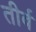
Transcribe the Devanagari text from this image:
तीर्व